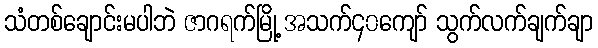
သံတစ်ချောင်းမပါဘဲ ဇာဂရက်မြို့ အသက်၄၀ကျော် သွက်လက်ချက်ချာ